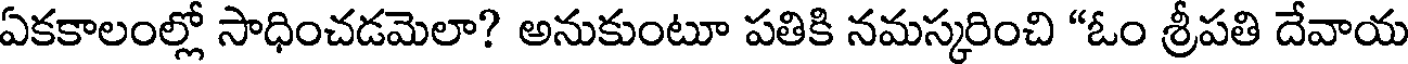
ఏకకాలంల్లో సాధించడమెలా? అనుకుంటూ పతికి నమస్కరించి "ఓం శ్రీపతి దేవాయ